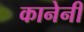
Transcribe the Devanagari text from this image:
कानेनी